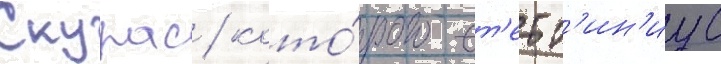
Скурас / кото́рого ст'етт'ин'иус